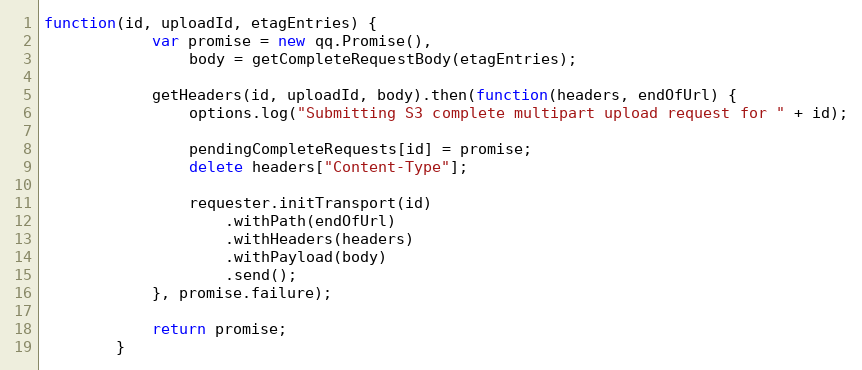
Language: JavaScript
function(id, uploadId, etagEntries) {
            var promise = new qq.Promise(),
                body = getCompleteRequestBody(etagEntries);

            getHeaders(id, uploadId, body).then(function(headers, endOfUrl) {
                options.log("Submitting S3 complete multipart upload request for " + id);

                pendingCompleteRequests[id] = promise;
                delete headers["Content-Type"];

                requester.initTransport(id)
                    .withPath(endOfUrl)
                    .withHeaders(headers)
                    .withPayload(body)
                    .send();
            }, promise.failure);

            return promise;
        }